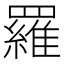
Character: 羅